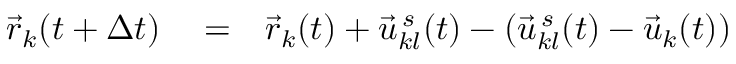
\begin{array} { r l r } { \vec { r } _ { k } ( t + \Delta t ) } & { { } = } & { \vec { r } _ { k } ( t ) + \vec { u } _ { k l } ^ { \, s } ( t ) - \left( \vec { u } _ { k l } ^ { \, s } ( t ) - \vec { u } _ { k } ( t ) \right) } \end{array}